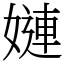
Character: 㜕